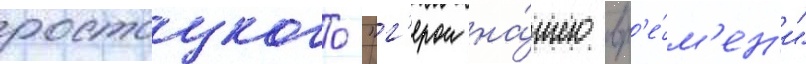
ростоцкого "г'ерои на́шего вр'е́м'ен'и"